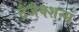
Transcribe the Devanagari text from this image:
ट्रैंजैक्शन्स